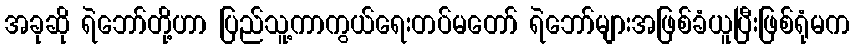
အခုဆို ရဲဘော်တို့ဟာ ပြည်သူ့ကာကွယ်ရေးတပ်မတော် ရဲဘော်များအဖြစ်ခံယူပြီးဖြစ်ရုံမက